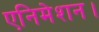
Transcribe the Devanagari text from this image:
एनिमेशन।